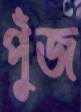
পুঁজ